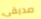
صديقى